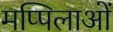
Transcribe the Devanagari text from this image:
मप्पिलाओं